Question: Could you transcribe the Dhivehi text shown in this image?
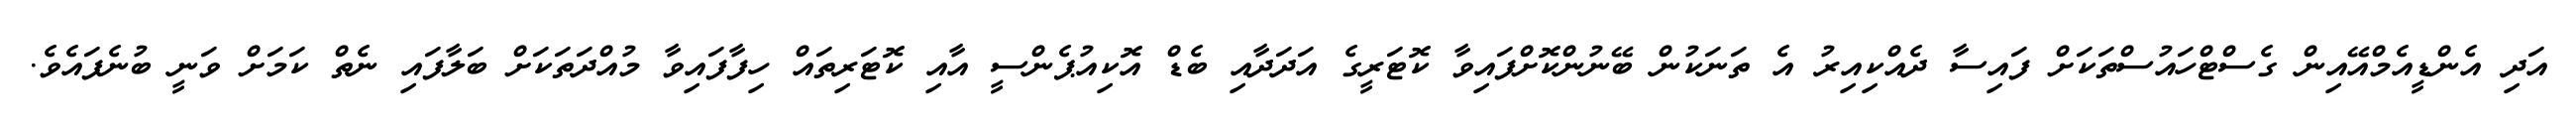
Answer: އަދި އެންޑީއެމްއޭއިން ގެސްޓްހައުސްތަކަށް ފައިސާ ދެއްކިއިރު އެ ތަނަކުން ބޭނުންކޮށްފައިވާ ކޮޓަރީގެ އަދަދާއި ބެޑް އޮކިއުޕެންސީ އާއި ކޮޓަރިތައް ހިފާފައިވާ މުއްދަތަކަށް ބަލާފައި ނެތް ކަމަށް ވަނީ ބުނެފައެވެ.